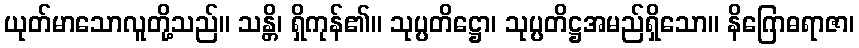
ယုတ်မာသောလူတို့သည်။ သန္တိ၊ ရှိကုန်၏။ သုပ္ပတိဋ္ဌော၊ သုပ္ပတိဋ္ဌအမည်ရှိသော။ နိဂြောဓရာဇာ၊